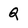
Character: Q